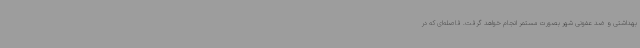
بهداشتی و ضد عفونی شهر بصورت مستمر انجام خواهد گرفت. فاصله‌ای که در